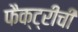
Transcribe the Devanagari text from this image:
फैक्ट्रीची